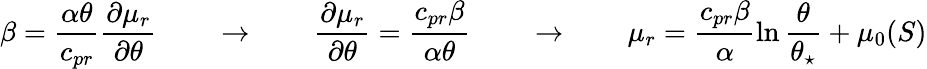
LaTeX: \beta=\frac{\alpha\theta}{c_{pr}}\frac{\partial\mu_{r}}{\partial\theta}\qquad\rightarrow\qquad\frac{\partial\mu_{r}}{\partial\theta}=\frac{c_{pr}\beta}{\alpha\theta}\qquad\rightarrow\qquad\mu_{r}=\frac{c_{pr}\beta}{\alpha}\ln{\frac{\theta}{\theta_{\star}}}+\mu_{0}(S)